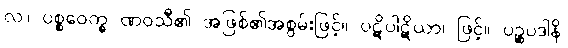
လ။ ပစ္စဝေက္ခ ဏဝသီ၏ အဖြစ်၏အစွမ်းဖြင့်။ ပဋိပါဋိယာ၊ ဖြင့်။ ပဉ္စပဒါနိ၊